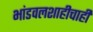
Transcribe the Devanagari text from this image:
भांडवलशाहीचाही